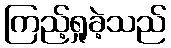
ကြည့်ရှုခဲ့သည်